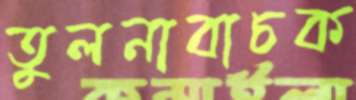
তুলনাবাচক